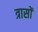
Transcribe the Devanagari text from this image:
त्रासों